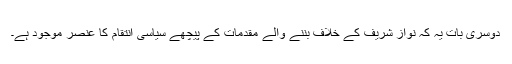
دوسری بات یہ کہ نواز شریف کے خلاف بننے والے مقدمات کے پیچھے سیاسی انتقام کا عنصر موجود ہے۔